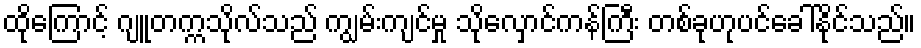
ထိုကြောင့် ဂျူတက္ကသိုလ်သည် ကျွမ်းကျင်မှု သိုလှောင်ကန်ကြီး တစ်ခုဟုပင်ခေါ်နိုင်သည်။